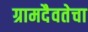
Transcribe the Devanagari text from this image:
ग्रामदैवतेचा